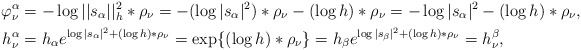
\begin{align*} \varphi^\alpha_\nu& =-\log||s_\alpha||^2_h\ast\rho_\nu=-(\log|s_\alpha|^2)\ast\rho_\nu-(\log h)\ast\rho_\nu =-\log|s_\alpha|^2-(\log h)\ast\rho_\nu, \\ h^\alpha_\nu&=h_\alpha e^{\log|s_\alpha|^2+(\log h)\ast\rho_\nu}=\exp\{(\log h)\ast\rho_\nu\} =h_\beta e^{\log|s_\beta|^2+(\log h)\ast\rho_\nu}=h^\beta_\nu, \end{align*}